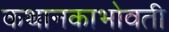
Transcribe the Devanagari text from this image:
कथानकाभोवती